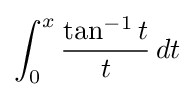
\int _{0}^{x}{\frac {\tan ^{-1}t}{t}}\,dt